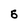
Character: 5